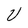
Character: V